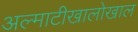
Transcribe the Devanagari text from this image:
अल्माटीखालोखाल